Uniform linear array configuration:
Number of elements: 16
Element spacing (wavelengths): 0.25
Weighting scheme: cosine
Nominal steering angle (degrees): -60
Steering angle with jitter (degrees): -59.719
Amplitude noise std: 0.05
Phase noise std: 0.05

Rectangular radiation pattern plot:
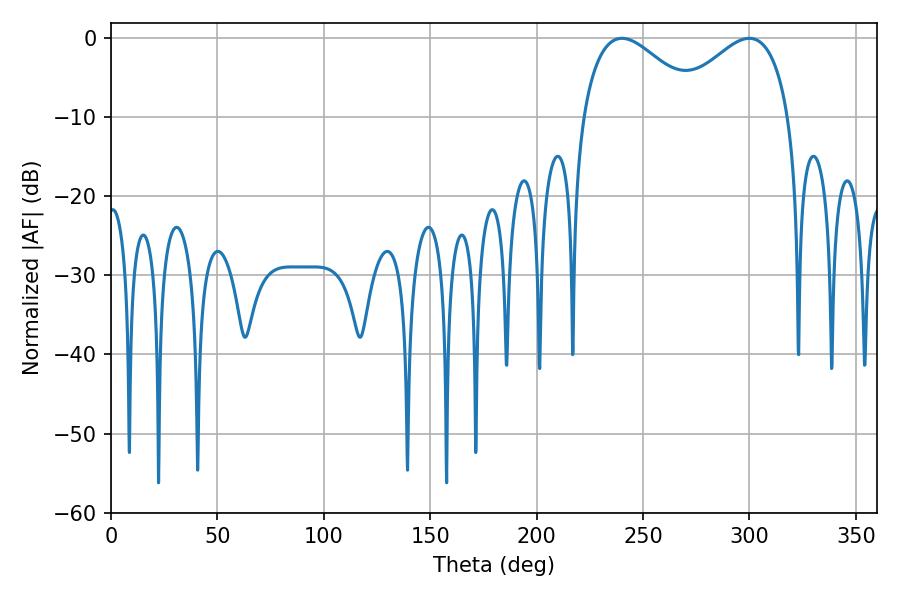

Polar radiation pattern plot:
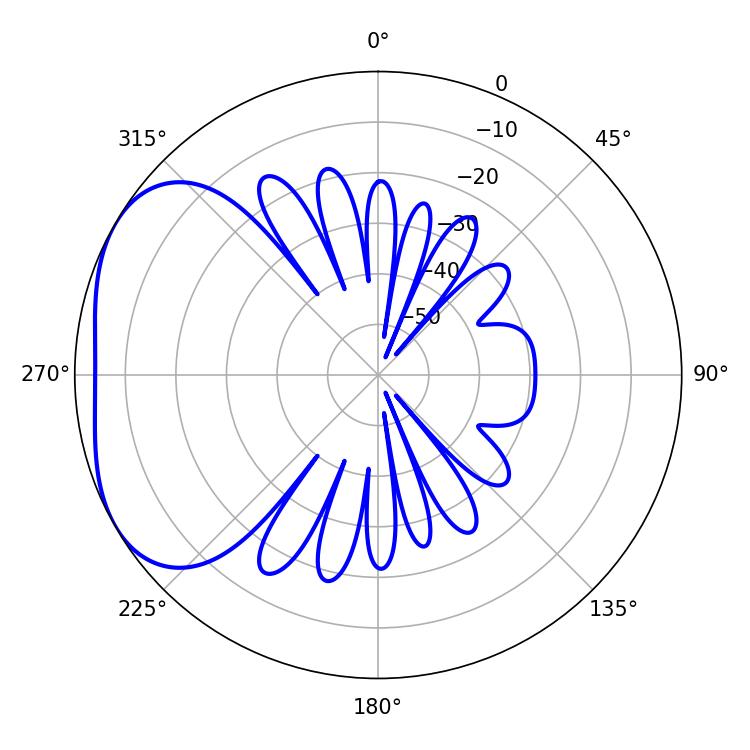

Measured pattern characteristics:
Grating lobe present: FALSE
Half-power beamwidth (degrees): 30.42
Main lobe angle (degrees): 299.88